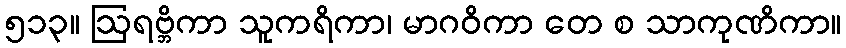
၅၁၃။ ဩရဗ္ဘိကာ သူကရိကာ၊ မာဂဝိကာ တေ စ သာကုဏိကာ။